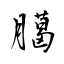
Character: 臈